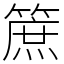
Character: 䉀